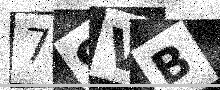
Text: 79VB